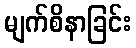
မျက်စိနာခြင်း